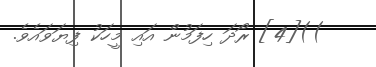
))[4] ރޯދަ ހިފަމުން އައި މީހަކު ފިޔަވައެވެ.